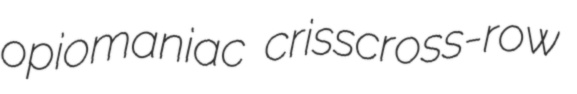
opiomaniac crisscross-row